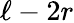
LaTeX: \ell-2r